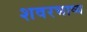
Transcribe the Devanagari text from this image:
शवरभाष्य